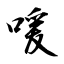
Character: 喛